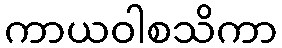
ကာယဝါစသိကာ